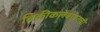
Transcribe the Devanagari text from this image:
विक्रीकलेबाबतची